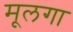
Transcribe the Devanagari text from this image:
मूलगा